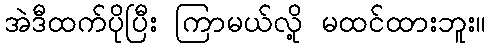
အဲဒီထက်ပိုပြီး ကြာမယ်လို့ မထင်ထားဘူး။